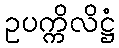
ဥပက္ကိလိဋ္ဌံ